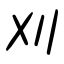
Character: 刈